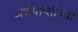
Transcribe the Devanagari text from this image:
अर्थप्राप्तीच्या